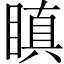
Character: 瞋